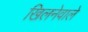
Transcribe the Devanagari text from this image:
खिलनेवाले